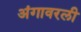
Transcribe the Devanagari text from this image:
अंगावरली